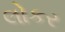
લોકર